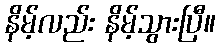
နိမ့်လည်း နိမ့်သွားပြီ။